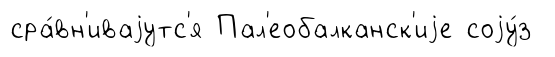
сра́вн'иваjутс'я Пал'еобалканск'иjе соjу́з